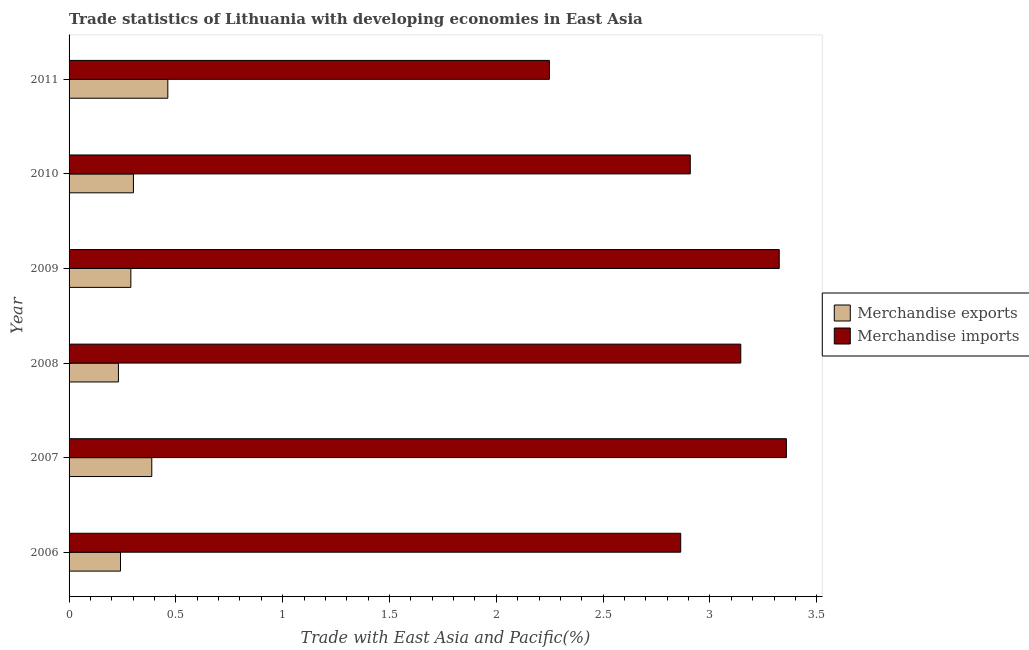
| Year | Merchandise exports | Merchandise imports |
 | --- | --- | --- |
 | 2006 | 0.241 | 2.86 |
 | 2007 | 0.387 | 3.36 |
 | 2008 | 0.231 | 3.14 |
 | 2009 | 0.289 | 3.32 |
 | 2010 | 0.301 | 2.91 |
 | 2011 | 0.462 | 2.25 |